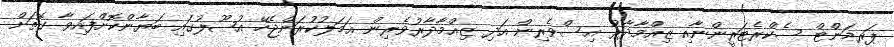
ޕަރމަންޓް ސެކްރެޓަރީންނާއި ޒިއްމާދާރު އިސްވެރިން އަދި ޒިއްމާދާރުވެރިން ޢަމަލުކުރަންޖެހޭ އުޞޫލުގައި ބަޔާންކޮށްފައިވާ ގޮތަށް